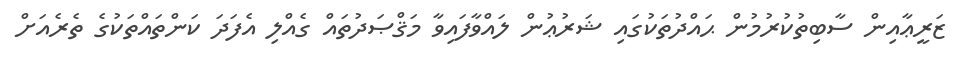
ޒަރީޢާއިން ސާބިތުކުރުމުން ޙައްދުތަކުގައި ޝަރުޢުން ލައްވާފައިވާ މަޤްޞަދުތައް ގެއްލި އެފަދަ ކަންތައްތަކުގެ ތެރެއަށް